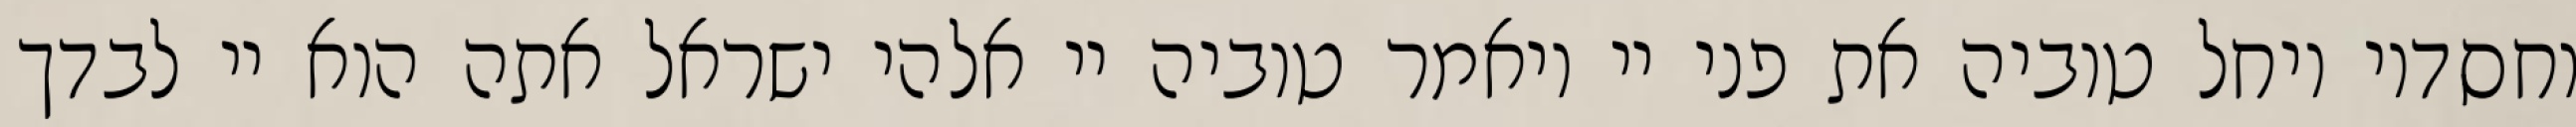
וחסדיו ויחל טוביה את פני יי ויאמר טוביה יי אלהי ישראל אתה הוא יי לבדך